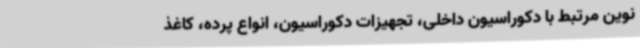
نوین مرتبط با دکوراسیون داخلی، تجهیزات دکوراسیون، انواع پرده، کاغذ